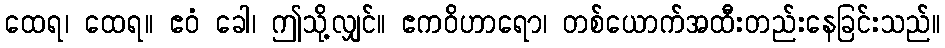
ထေရ၊ ထေရ။ ဧဝံ ခေါ၊ ဤသို့လျှင်။ ဧကဝိဟာရော၊ တစ်ယောက်အထီးတည်းနေခြင်းသည်။